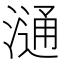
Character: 𣻢